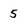
Character: 5